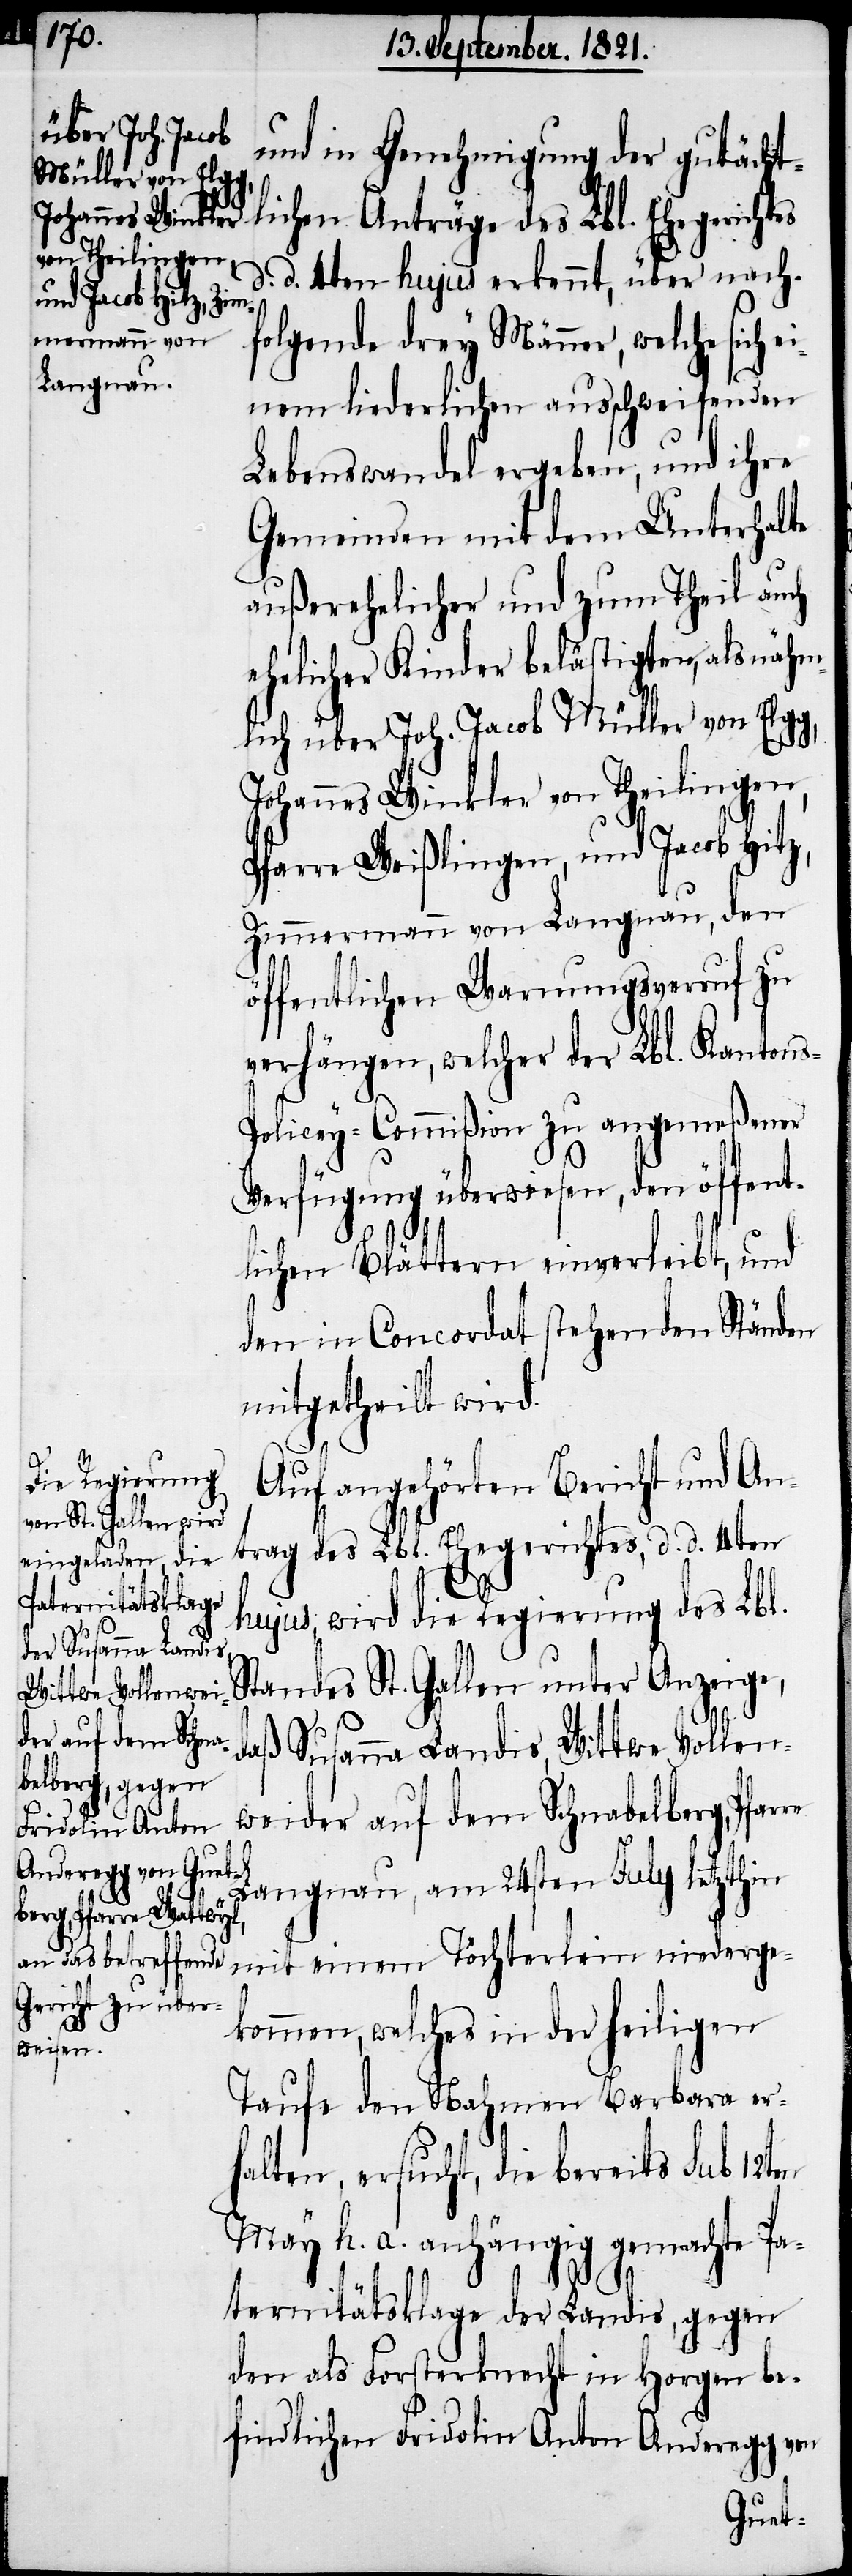
re

und in Genehmigung der gutächt¬
lichen Anträge des Lbl. Ehegerichtes
d. d. 4ten hujus erkennt, über nach¬
folgende drey Männer, welche sich
einem liederlichen ausschweifenden
Lebenswandel ergeben, und ihre
Gemeinden mit dem Unterhalte
außerehelicher und zum Theil auch
ehelicher Kinder belästigen, als nähm¬
lich über Joh. Jacob Müller von Elg¬
Johannes Winkler von Theilingen,
Pfarre Weißlingen, und Jacob Hitz,
Zimmermann von Langnau, den
öffentlichen Warnungsverruf zu
verhängen, welcher der Lbl. Kanton¬
s-Policey-Commißion zu angemeßener
Verfügung überwiesen, den öffent¬
lichen Blättern einverleibt, und
den in Concordat stehenden Ständen
mitgetheilt wird.
Auf angehörten Bericht und An¬
trag des Lbl. Ehegerichtes, d. d. 4ten
hujus, wird die Regierung des Lbl.
Standes St. Gallen unter Anzeige,
daß Susanna Landis, Wittwe Vollen¬
weider auf dem Schnabelberg, Pfar¬
Langnau, am 24sten July letzthin
mit einem Töchterlein niederge¬
kommen, welches in der heiligen
Taufe den Nahmen Barbara er¬
halten, ersucht, die bereits sub 12ten
May h. a. anhängig gemachte Pa¬
g,
ternitätsklage der Landis, gegen
den als Forsterknecht in Horgen be¬
findlichen Fridolin Anton Anderegg von